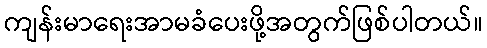
ကျန်းမာရေးအာမခံပေးဖို့အတွက်ဖြစ်ပါတယ်။